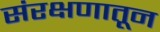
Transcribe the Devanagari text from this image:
संरक्षणातून